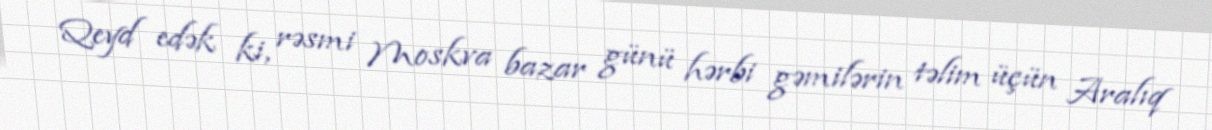
Qeyd edək ki, rəsmi Moskva bazar günü hərbi gəmilərin təlim üçün Aralıq